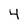
Character: 4